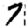
Digit: 7